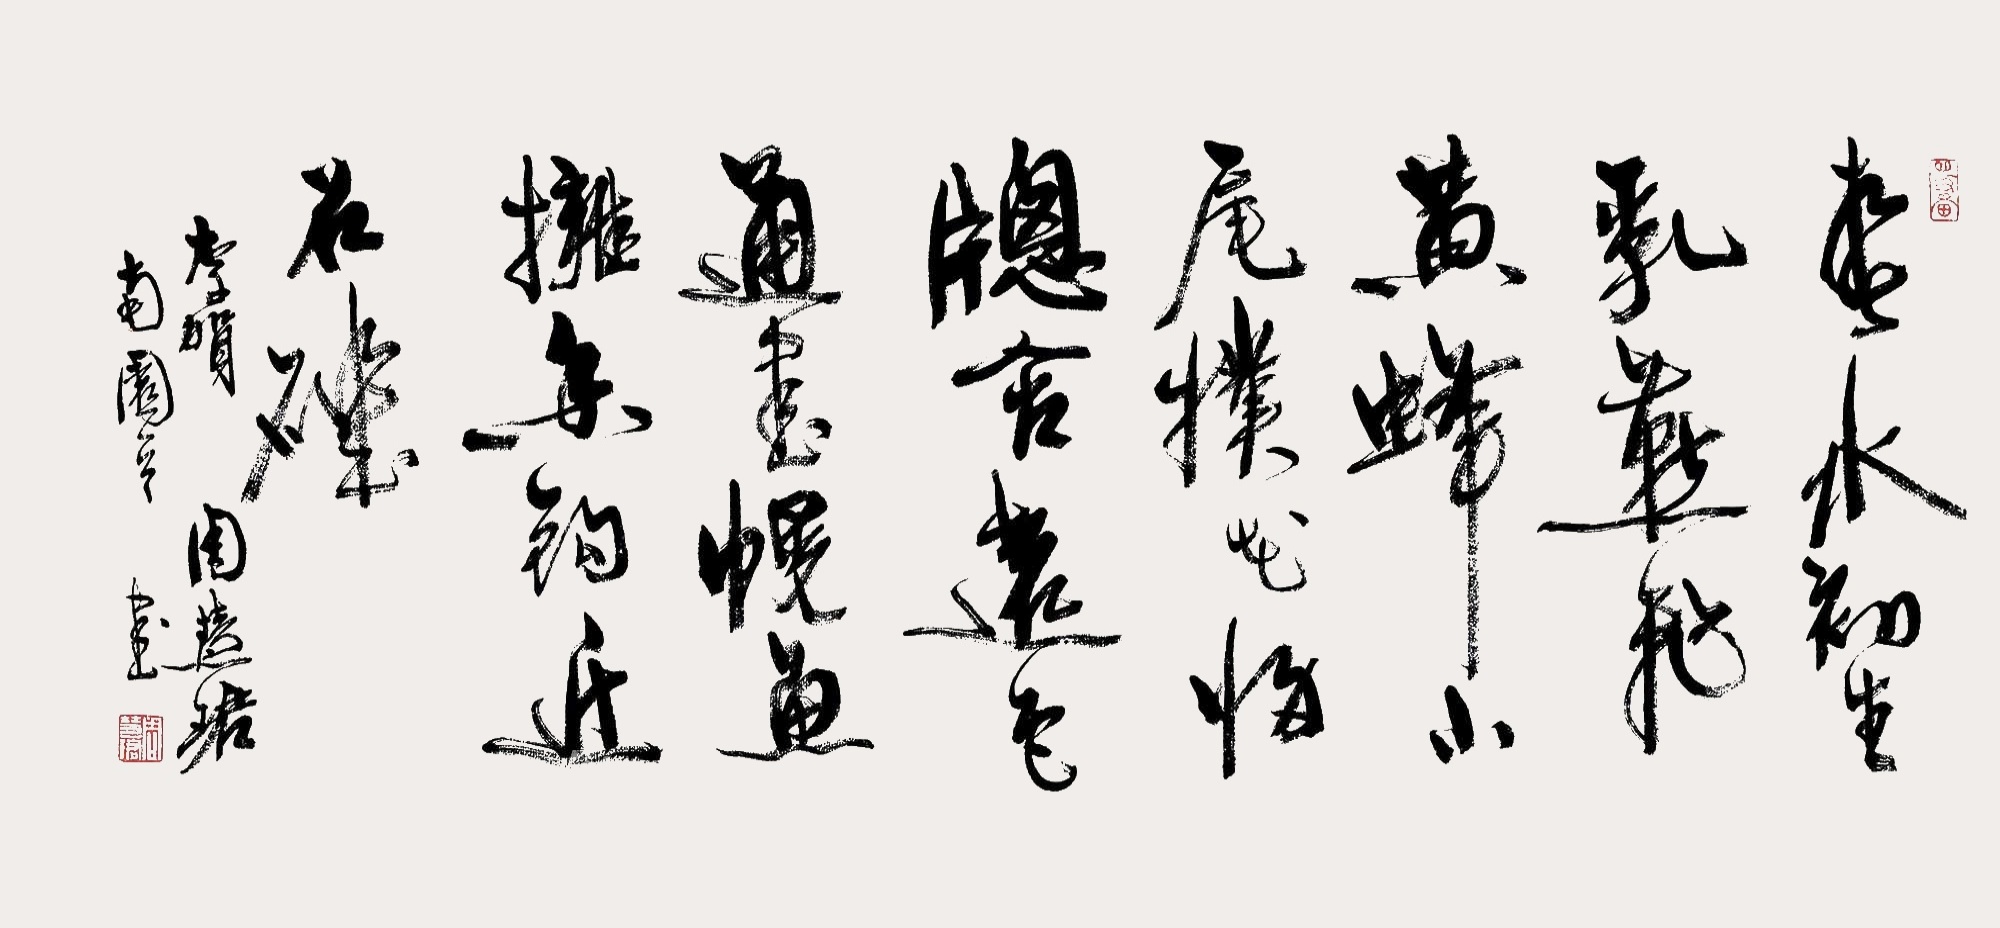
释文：春水初生乳燕飞，黄蜂小尾扑花归。窗含远色通书幌，鱼拥香钩近石矶。李贺《南园》一首，周慧珺书。